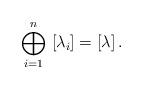
LaTeX: \begin{align*}\bigoplus_{i=1}^n \,\, [\lambda_i] = [\lambda] \,.\end{align*}